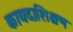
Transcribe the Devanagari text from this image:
कायदाशिक्षण